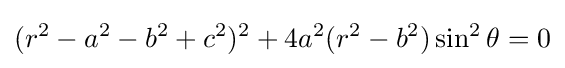
(r^{2}-a^{2}-b^{2}+c^{2})^{2}+4a^{2}(r^{2}-b^{2})\sin ^{2}\theta =0